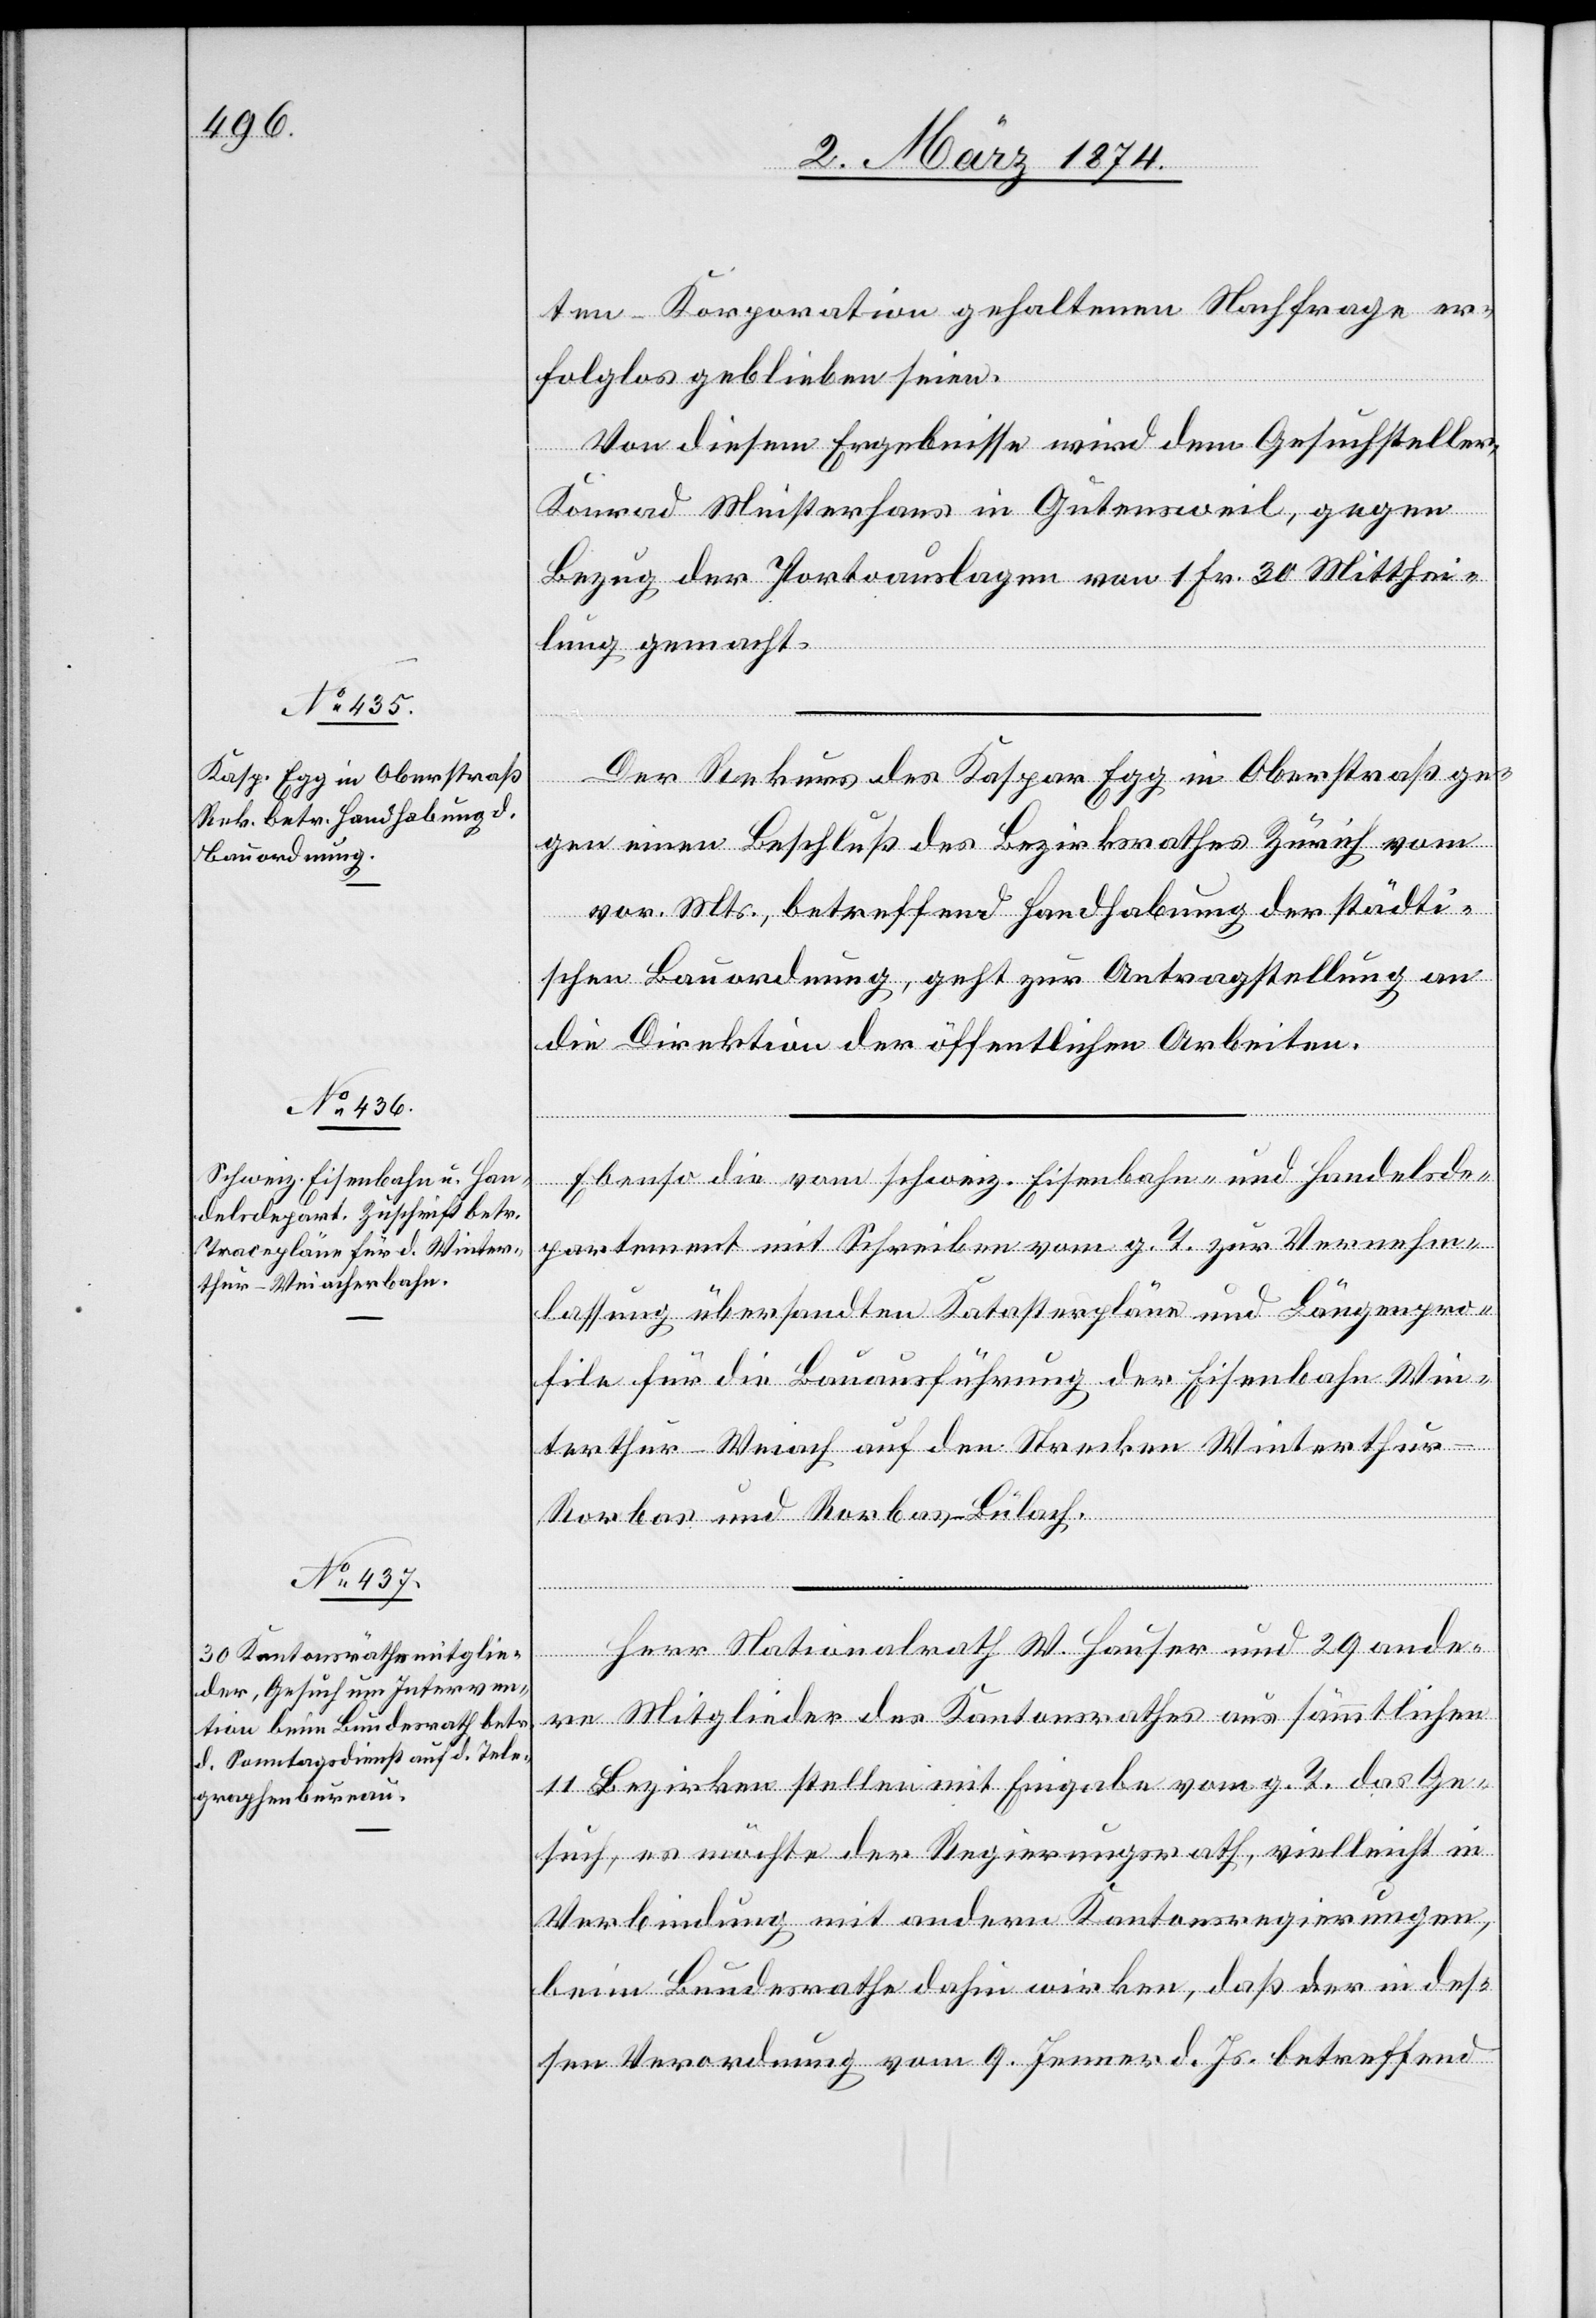
3. März 1874.]
ten-Korporation gehaltenen Nachfrage er¬
folglos geblieben seien.
Von diesem Ergebnisse wird dem Gesuchsteller,
Konrad Meisterhans in Gutensweil, gegen
Bezug der Portoauslagen von 1 Fr. 30 Mitthei¬
lung gemacht.
Der Rekurs des Kaspar Egg in Oberstraß ge¬
gen einen Beschluß des Bezirksrathes Zürich vom
vor. Mts., betreffend Handhabung der städti¬
schen Bauordnung, geht zur Antragstellung an
die Direktion der öffentlichen Arbeiten.
Ebenso die vom schweiz. Eisenbahn- und Handelsde¬
partement mit Schreiben vom g. T. zur Vernehm¬
lassung übersandten Katasterpläne und Längenpro¬
file für die Bauausführung der Eisenbahn Win¬
terthur-Weiach auf den Strecken Winterthur-R¬
orbas und Rorbas-Bülach.
Herr Nationalrath W. Hauser und 29 ande¬
re Mitglieder des Kantonsrathes aus sämmtlichen
11 Bezirken stellen mit Eingabe vom g. T. das Ge¬
such, es möchte der Regierungsrath, vielleicht in
Verbindung mit anderen Kantonsregierungen,
beim Bundesrathe dahin wirken, daß der in des¬
sen Verordnung vom 9. Jenner d. Js. betreffend